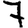
Digit: 7